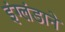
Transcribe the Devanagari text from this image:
इंग्लंडाने